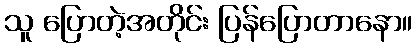
သူ ပြောတဲ့အတိုင်း ပြန်ပြောတာနော။